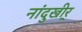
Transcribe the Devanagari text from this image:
नांदुखीर्